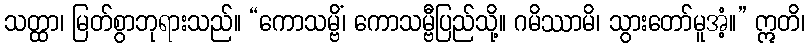
သတ္ထာ၊ မြတ်စွာဘုရားသည်။ “ကောသမ္ဗိံ၊ ကောသမ္ဗီပြည်သို့။ ဂမိဿာမိ၊ သွားတော်မူအံ့။” ဣတိ၊